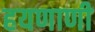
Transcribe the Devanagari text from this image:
हयणाणी